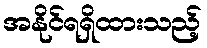
အနိုင်ရရှိထားသည့်